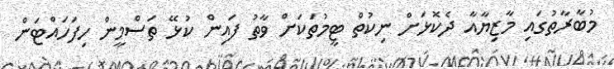
މުބާރާތުގައި މާޒިޔާއާ ދެކޮޅަށް ނިކުތް ޓީމުތަކަށް ވާތު ފައިން ކުޅޭ ތަސްމީން ހިފަހައްޓަން